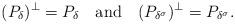
LaTeX: \begin{align*}(P_\delta)^\perp=P_\delta\quad\mbox{and}\quad(P_{\delta^\sigma})^\perp=P_{\delta^\sigma}.\end{align*}